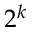
2 ^ { k }